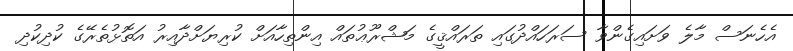
އެހެނަސް މާލެ ވަށައިގެންވާ ސަރަހައްދުގައި ތަރައްޤީގެ މަޝްރޫޢުތައް އިންތިހާއަށް ކުރިޔަށްދާއިރު އަތޮޅުތެރޭގެ ކުދިކުދި